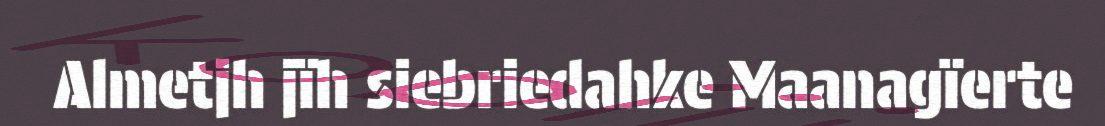
Almetjh jïh siebriedahke Maanagïerte